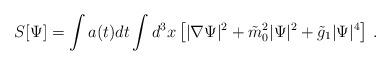
LaTeX: \begin{align*}S[\Psi] = \int a(t)dt \int d^3x \left[ |\nabla\Psi|^2 + \tilde{m}^2_0 |\Psi|^2 + \tilde{g}_1 |\Psi|^4 \right]\,.\end{align*}